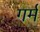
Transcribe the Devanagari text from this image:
गर्म